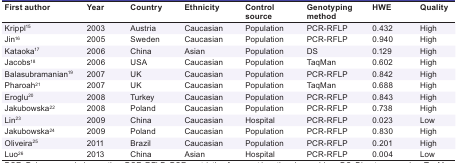
<table><thead><tr><td><b>First author</b></td><td><b>Year</b></td><td><b>Country </b></td><td><b>Ethnicity</b></td><td><b>Control source </b></td><td><b>Genotyping method</b></td><td><b>HWE</b></td><td><b>Quality </b></td></tr></thead><tbody><tr><td>Krippl<sup>15</sup></td><td> 2003 </td><td> Austria </td><td> Caucasian </td><td> Population </td><td> PCR-RFLP </td><td> 0.432 </td><td> High </td></tr><tr><td>Jin<sup>16</sup></td><td> 2005 </td><td> Sweden </td><td> Caucasian </td><td> Population </td><td> PCR-RFLP </td><td> 0.940 </td><td> High </td></tr><tr><td>Kataoka<sup>17</sup></td><td> 2006 </td><td> China </td><td> Asian </td><td> Population </td><td> DS </td><td> 0.129 </td><td> High </td></tr><tr><td>Jacobs<sup>18</sup></td><td> 2006 </td><td> USA </td><td> Caucasian </td><td> Population </td><td> TaqMan </td><td> 0.602 </td><td> High </td></tr><tr><td>Balasubramanian<sup>19</sup></td><td> 2007 </td><td> UK </td><td> Caucasian </td><td> Population </td><td> PCR-RFLP </td><td> 0.842 </td><td> High </td></tr><tr><td>Pharoah<sup>21</sup></td><td> 2007 </td><td> UK </td><td> Caucasian </td><td> Population </td><td> TaqMan </td><td> 0.688 </td><td> High </td></tr><tr><td>Eroglu<sup>20</sup></td><td> 2008 </td><td> Turkey </td><td> Caucasian </td><td> Population </td><td> PCR-RFLP </td><td> 0.843 </td><td> High </td></tr><tr><td>Jakubowska<sup>22</sup></td><td> 2008 </td><td> Poland </td><td> Caucasian </td><td> Population </td><td> PCR-RFLP </td><td> 0.738 </td><td> High </td></tr><tr><td>Lin<sup>23</sup></td><td> 2009 </td><td> China </td><td> Caucasian </td><td> Hospital </td><td> PCR-RFLP </td><td> 0.023 </td><td> Low </td></tr><tr><td>Jakubowska<sup>24</sup></td><td> 2009 </td><td> Poland </td><td> Caucasian </td><td> Population </td><td> PCR-RFLP </td><td> 0.830 </td><td> High </td></tr><tr><td>Oliveira<sup>25</sup></td><td> 2011 </td><td> Brazil</td><td> Caucasian </td><td> Population </td><td> PCR-RFLP </td><td> 0.201 </td><td> High </td></tr><tr><td>Luo<sup>26</sup></td><td> 2013 </td><td> China </td><td> Asian </td><td> Hospital </td><td> PCR-RFLP </td><td> 0.004 </td><td> Low </td></tr></tbody></table>